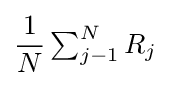
{\frac {1}{N}}\textstyle \sum _{j-1}^{N}R_{j}\displaystyle